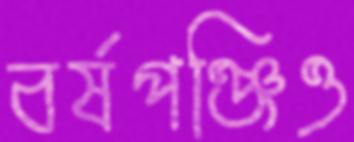
বর্ষপঞ্জিও